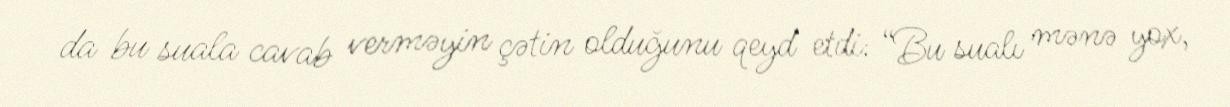
da bu suala cavab verməyin çətin olduğunu qeyd etdi: “Bu sualı mənə yox,